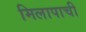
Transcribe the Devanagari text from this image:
मिलापाची